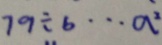
7 9 \div b \cdots a ^ { 2 }